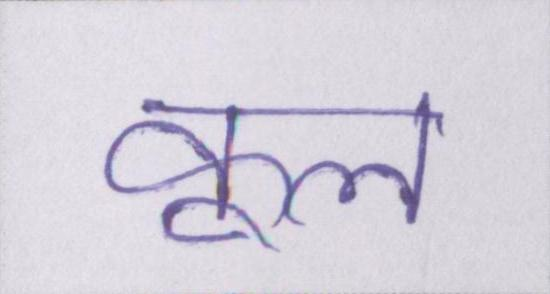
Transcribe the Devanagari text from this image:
कूल